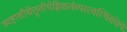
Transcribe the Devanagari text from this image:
त्र्यहाशौचेतृतीयेह्निकर्तव्यस्त्वस्थिसंचयः